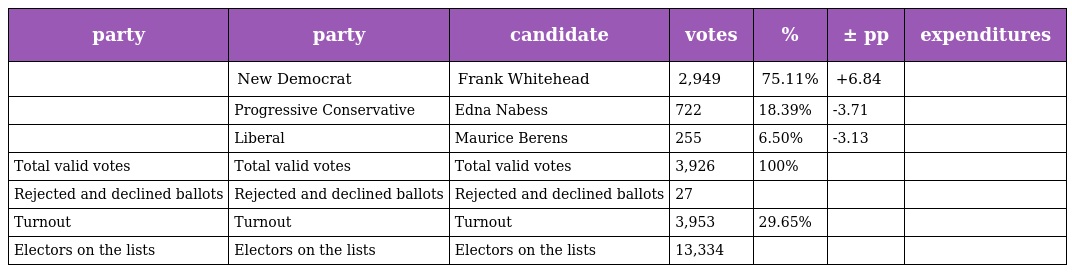
| party | party | candidate | votes | % | ± pp | expenditures |
 | --- | --- | --- | --- | --- | --- | --- |
 |  | New Democrat | Frank Whitehead | 2,949 | 75.11% | +6.84 |  |
 |  | Progressive Conservative | Edna Nabess | 722 | 18.39% | -3.71 |  |
 |  | Liberal | Maurice Berens | 255 | 6.50% | -3.13 |  |
 | Total valid votes | Total valid votes | Total valid votes | 3,926 | 100% |  |  |
 | Rejected and declined ballots | Rejected and declined ballots | Rejected and declined ballots | 27 |  |  |  |
 | Turnout | Turnout | Turnout | 3,953 | 29.65% |  |  |
 | Electors on the lists | Electors on the lists | Electors on the lists | 13,334 |  |  |  |